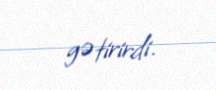
gətirirdi.